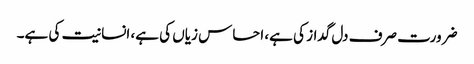
ضرورت صرف دل گداز کی ہے، احساس زیاں کی ہے، انسانیت کی ہے۔